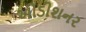
ઓડીશનર